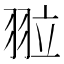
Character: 翋